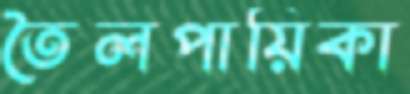
তৈলপায়িকা